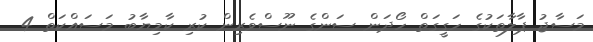
މަސާޖު ޕާލާތަކުގެ ހަގީގަތް ހޯދަން ސަންގެ ނޫސްވެރިން ކުރި ކާމިޔާބު މަސައްކަތް 4